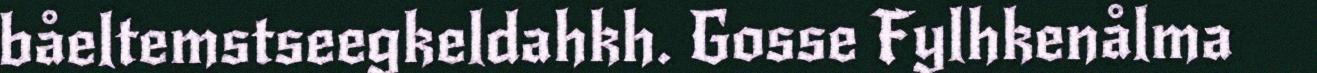
båeltemstseegkeldahkh. Gosse Fylhkenålma